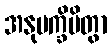
အနုပက္ခိပိတွာ